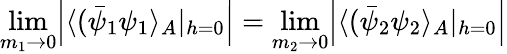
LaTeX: \operatorname*{lim}_{m_{1}\rightarrow 0}\Bigl|\langle(\bar{\psi}_{1}\psi_{1}\rangle_{A}|_{h=0}\Bigr|=\operatorname*{lim}_{m_{2}\rightarrow 0}\Bigl|\langle(\bar{\psi}_{2}\psi_{2}\rangle_{A}|_{h=0}\Bigr|